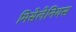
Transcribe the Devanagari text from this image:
मिसेलेनियस